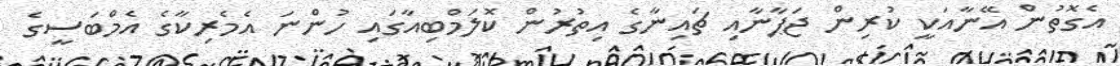
އެގޮތުން އޭނާއަކީ ކުރިން ޖަޕާނާއި ޗައިނާގެ އިތުރުން ކޮލަމްބިއާގައި ހުންނަ އެމެރިކާގެ އެމްބަސީގެ